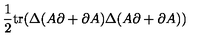
\frac { 1 } { 2 } \mathrm { t r } ( \Delta ( A \partial + \partial A ) \Delta ( A \partial + \partial A ) )